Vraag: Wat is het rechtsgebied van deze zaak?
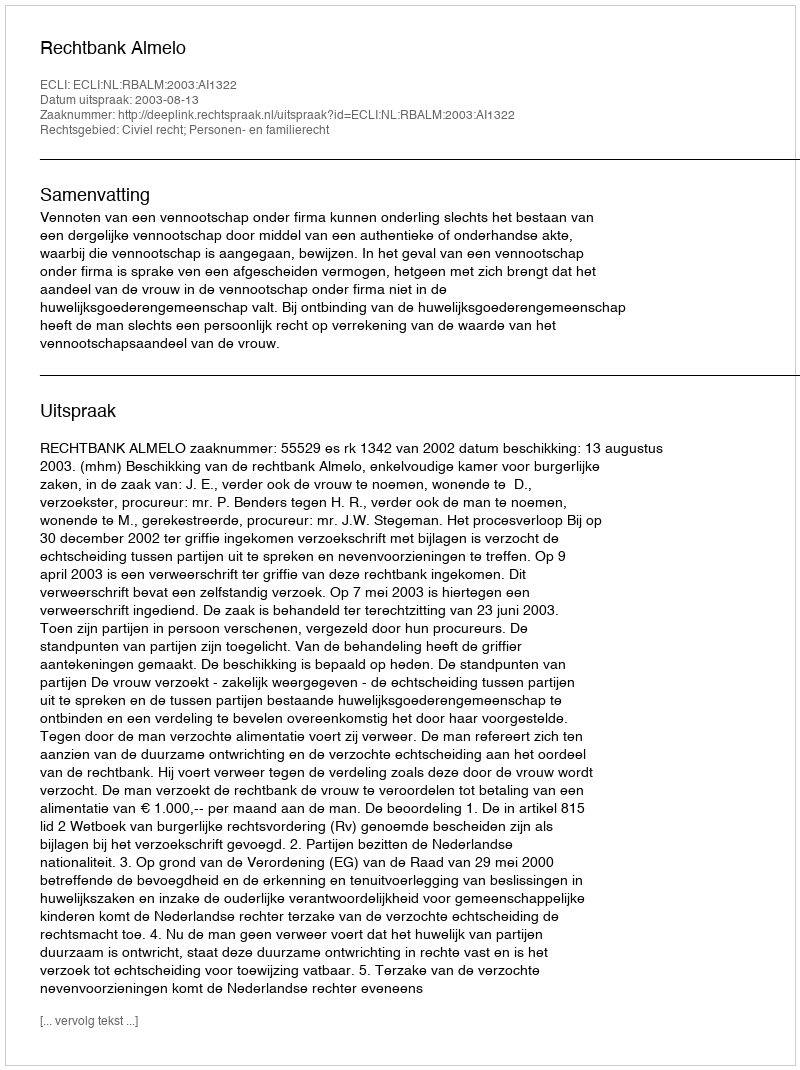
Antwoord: Civiel recht; Personen- en familierecht